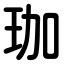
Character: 珈